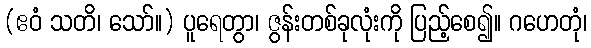
(ဧဝံ သတိ၊ သော်။) ပူရေတွာ၊ ဇွန်းတစ်ခုလုံးကို ပြည့်စေ၍။ ဂဟေတုံ၊